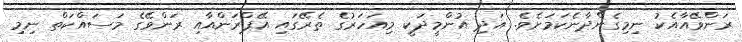
ރަންވޭއާއެކު ނިމިގެންދާނެކަމަށެވެ. އަދި އުންމީދަކީ މިއަހަރުގެ ތެރޭގައި އޭޕްރަންއާއި ރަންވޭގެ މަސައްކަތް ނިމި